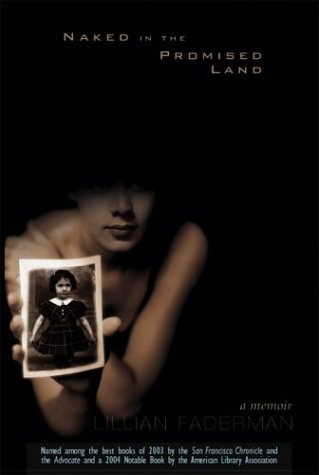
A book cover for Naked in the Promised Land: A Memoir; Lillian Faderman; Gay & Lesbian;